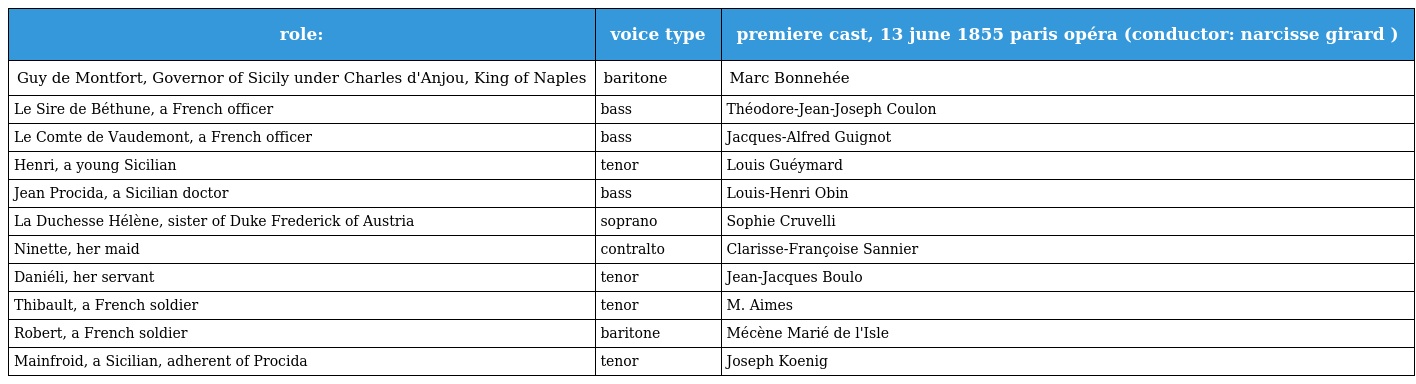
| role: | voice type | premiere cast, 13 june 1855 paris opéra (conductor: narcisse girard ) |
 | --- | --- | --- |
 | Guy de Montfort, Governor of Sicily under Charles d'Anjou, King of Naples | baritone | Marc Bonnehée |
 | Le Sire de Béthune, a French officer | bass | Théodore-Jean-Joseph Coulon |
 | Le Comte de Vaudemont, a French officer | bass | Jacques-Alfred Guignot |
 | Henri, a young Sicilian | tenor | Louis Guéymard |
 | Jean Procida, a Sicilian doctor | bass | Louis-Henri Obin |
 | La Duchesse Hélène, sister of Duke Frederick of Austria | soprano | Sophie Cruvelli |
 | Ninette, her maid | contralto | Clarisse-Françoise Sannier |
 | Daniéli, her servant | tenor | Jean-Jacques Boulo |
 | Thibault, a French soldier | tenor | M. Aimes |
 | Robert, a French soldier | baritone | Mécène Marié de l'Isle |
 | Mainfroid, a Sicilian, adherent of Procida | tenor | Joseph Koenig |